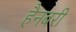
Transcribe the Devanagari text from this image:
हैनबरी